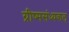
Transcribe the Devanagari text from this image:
ग्रीष्मसंध्यकल्